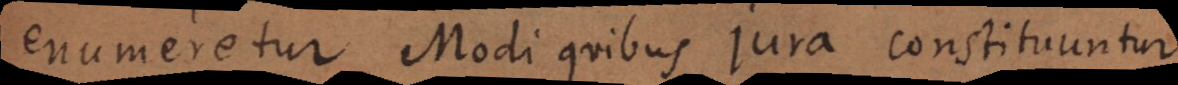
enumere[n]tur Modi quibus jura constituuntur